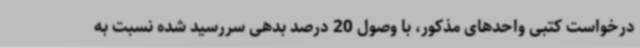
درخواست کتبی واحدهای مذکور، با وصول 20 درصد بدهی سررسید شده نسبت به